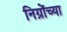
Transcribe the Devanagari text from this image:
निग्रोंच्या